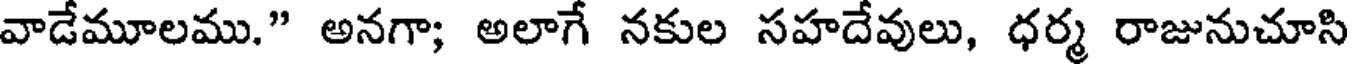
వాడేమూలము." అనగా; అలాగే నకుల సహదేవులు, ధర్మ రాజునుచూసి